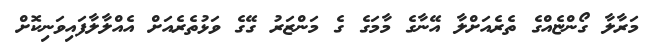
މަރާލާ ގޯންޏެއްގެ ތެރެއަށްލާ އޭނާގެ މާމަގެ ގެ މަންޒަރު ގޭގެ ވަޅުތެރެއަށް އެއްލާލާފައިވަނިކޮށް